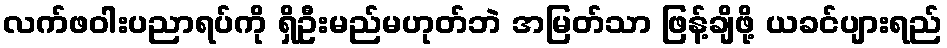
လက်ဖဝါးပညာရပ်ကို ရှိဦးမည်မဟုတ်ဘဲ အမြတ်သာ ဖြန့်ချိဖို့ ယခင်ပျားရည်